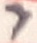
Text: 7